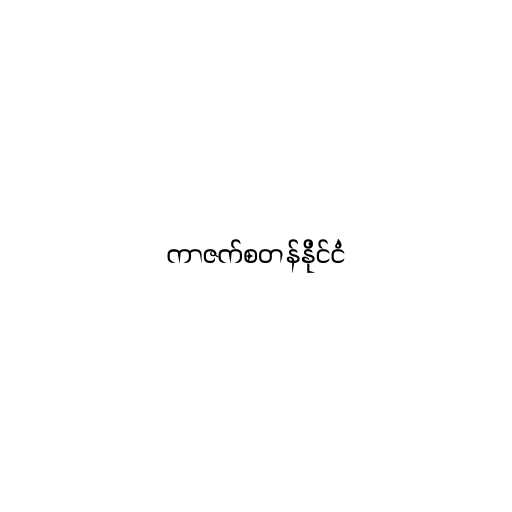
ကာဇက်စတန်နိုင်ငံ